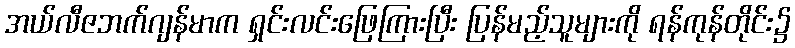
အယ်လီဇဘက်ဂျန်မာက ရှင်းလင်းဖြေကြားပြီး ပြန်မည့်သူများကို ရန်ကုန်တိုင်း၌